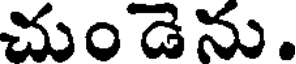
చుండెను.